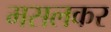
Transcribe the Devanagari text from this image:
मसलकर